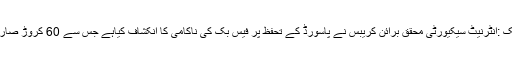
نیویارک جدت ویب ڈیسک :انٹرنیٹ سیکیورٹی محقق برائن کریبس نے پاسورڈ کے تحفظ پر فیس بک کی ناکامی کا انکشاف کیاہے جس سے 60 کروڑ صارفین کا ڈیٹا متاثر ہوا ہے۔